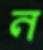
ন